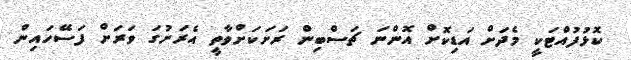
ކޮޅުފުއްޓަކީ މެދަށް އަޑިކޮށް އޮންނަ ޗަސްބިން ރަށަކަށްވާތީ އެރަށުގަ ވަރަށް ފަސޭހައިން